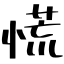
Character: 慌